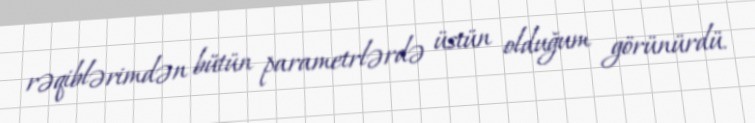
rəqiblərimdən bütün parametrlərdə üstün olduğum görünürdü.